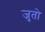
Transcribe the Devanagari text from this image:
जुतो